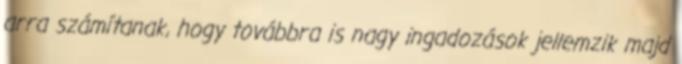
arra számítanak, hogy továbbra is nagy ingadozások jellemzik majd